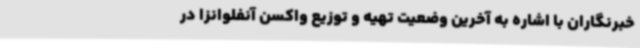
خبرنگاران با اشاره به آخرین وضعیت تهیه و توزیع واکسن آنفلوانزا در